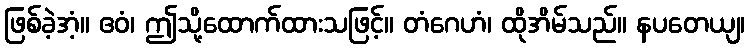
ဖြစ်ခဲ့အံ့။ ဧဝံ၊ ဤသို့ထောက်ထားသဖြင့်။ တံဂေဟံ၊ ထိုအိမ်သည်။ နပတေယျ၊